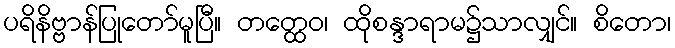
ပရိနိဗ္ဗာန်ပြုတော်မူပြီ။ တတ္ထေဝ၊ ထိုစန္ဒာရာမ၌သာလျှင်။ စိတော၊